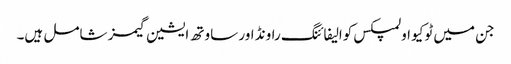
جن میں ٹوکیو اولمپکس کوالیفائنگ راونڈ اور ساوتھ ایشین گیمز شامل ہیں۔